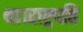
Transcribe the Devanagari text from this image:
था।राष्ट्रपति